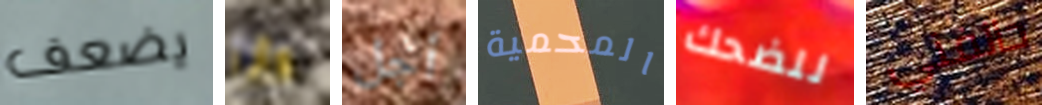
يضعف وأنا أجل المحمية للضحك حالفني